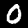
Digit: 0